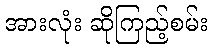
အားလုံး ဆိုကြည့်စမ်း